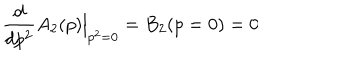
\frac { d } { d p ^ { 2 } } A _ { 2 } ( p ) \Big | _ { p ^ { 2 } = 0 } = B _ { 2 } ( p = 0 ) = 0